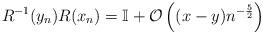
LaTeX: \begin{align*} R^{-1}(y_n) R(x_n) = \mathbb{I} + \mathcal{O}\left((x-y) n^{-\frac{5}{2}}\right)\end{align*}